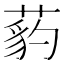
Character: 𦷒